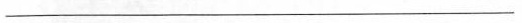
___